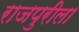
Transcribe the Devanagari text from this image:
राजपुरीला